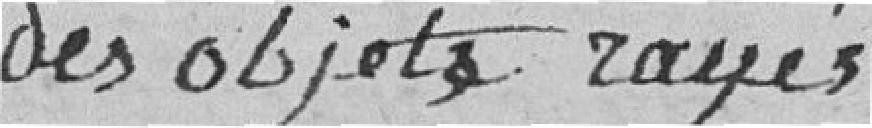
des objets rayés.